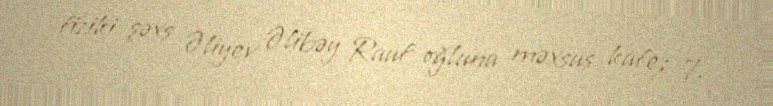
fiziki şəxs Əliyev Əlibəy Rauf oğluna məxsus kafe; 7.